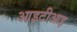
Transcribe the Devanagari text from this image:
आइटीआइ